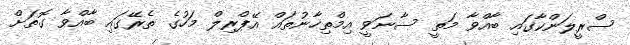
ސްރީލަންކާގައި ބާއްވާ މަތީ ސާނަވީ އިމްތިހާނުތައް އޭޕްރިލް މަހުގެ ތެރޭގައި ބާއްވާ ގޮތަށް